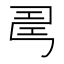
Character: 𢏚